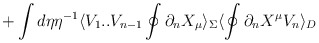
\begin{align*}+\int d\eta \eta^{-1}\langle V_1. .V_{n-1}\oint\partial_nX_{\mu}\rangle_\Sigma \langle\oint\partial_nX^{\mu} V_n\rangle_D\end{align*}